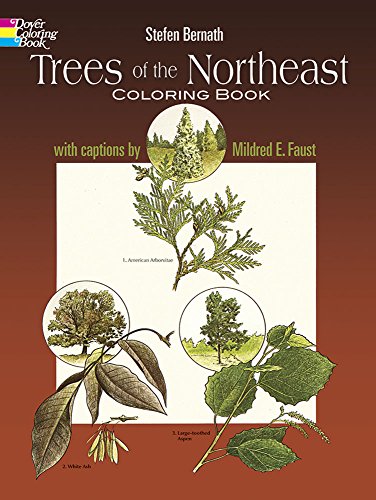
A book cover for Trees of the Northeast Coloring Book (Dover Nature Coloring Book); Stefen Bernath; Children's Books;